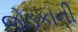
જોડકાની